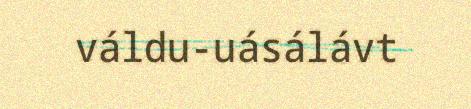
váldu-uásálávt